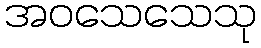
အဝသေသေသု